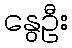
နွေဦး